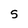
Character: 5